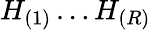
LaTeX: H_{(1)}\ldots H_{(R)}